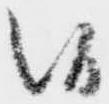
候